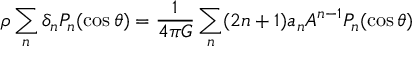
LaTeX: \rho \sum _ { n } \delta _ { n } P _ { n } ( \cos \theta ) = { \frac { 1 } { 4 \pi G } } \sum _ { n } ( 2 n + 1 ) a _ { n } A ^ { n - 1 } P _ { n } ( \cos \theta )